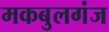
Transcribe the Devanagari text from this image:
मकबुलगंज